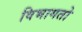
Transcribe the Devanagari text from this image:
विभागतो